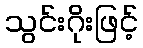
သွင်းဂိုးဖြင့်